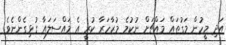
އަދި މީހުން މަގުތައް މައްޗަށް ނުކުމެ މުޒާހަރާ ކުރީ އެ މައްސަލައާ ގުޅިގެންނެވެ.